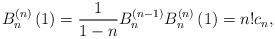
\begin{align*}B_{n}^{\left( n\right) }\left( 1\right) =\frac{1}{1-n}B_{n}^{\left(n-1\right) }B_{n}^{\left( n\right) }\left( 1\right)=n!c_{n},\end{align*}